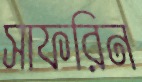
সাফরিন